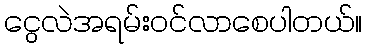
ငွေလဲအရမ်းဝင်လာစေပါတယ်။